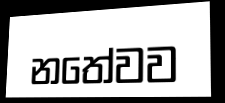
නතේවව